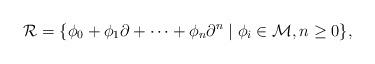
LaTeX: \begin{align*} \mathcal{R}=\{ \phi_0 + \phi_1 \partial + \cdots + \phi_n \partial^n \mid \phi_i \in \mathcal{M}, n\geq 0 \}, \end{align*}